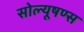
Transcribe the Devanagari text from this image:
सोल्यूषण्स